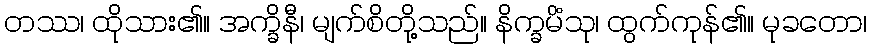
တဿ၊ ထိုသား၏။ အက္ခိနီ၊ မျက်စိတို့သည်။ နိက္ခမိံသု၊ ထွက်ကုန်၏။ မုခတော၊